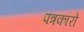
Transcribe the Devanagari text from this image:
पत्रकारो